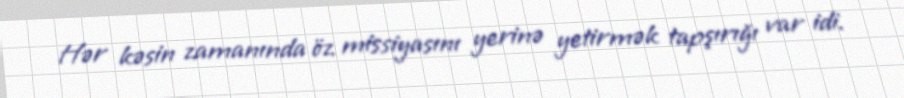
Hər kəsin zamanında öz missiyasını yerinə yetirmək tapşırığı var idi.